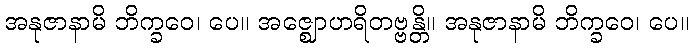
အနုဇာနာမိ ဘိက္ခဝေ၊ ပေ။ အဇ္ဈောဟရိတဗ္ဗန္တိ။ အနုဇာနာမိ ဘိက္ခဝေ၊ ပေ။